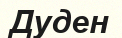
Дуден